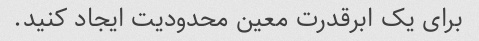
برای یک ابرقدرت معین محدودیت ایجاد کنید.